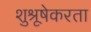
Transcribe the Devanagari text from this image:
शुश्रूषेकरता